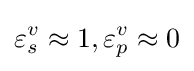
\varepsilon _{s}^{v}\approx 1,\varepsilon _{p}^{v}\approx 0